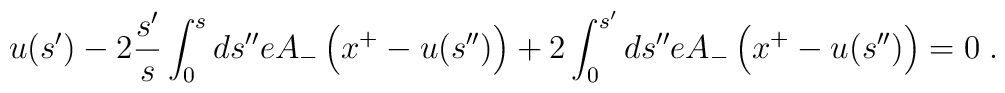
u(s') - 2 \frac{s'}{s} \int_0^s ds'' e A_-\left(x^+ - u(s'')\right) + 2 \int_0^{s'} ds'' e A_-\left(x^+ - u(s'') \right) = 0 \; .